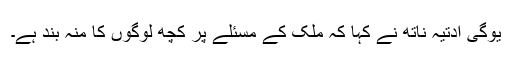
یوگی آدتیہ ناتھ نے کہا کہ ملک کے مسئلے پر کچھ لوگوں کا منہ بند ہے۔